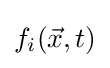
f_{i}({\vec {x}},t)